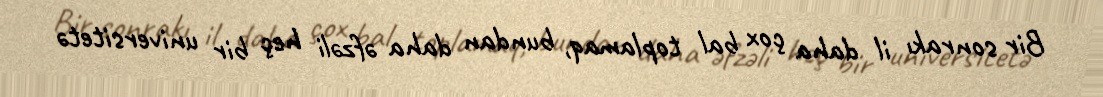
Bir sonrakı il daha çox bal toplamaq, bundan daha əfzəli heç bir universitetə